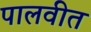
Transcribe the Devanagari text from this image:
पालवीत